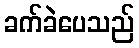
ခက်ခဲပေသည်